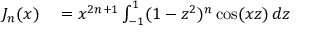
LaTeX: \begin{array} { r l } { J _ { n } ( x ) } & { { } = x ^ { 2 n + 1 } \int _ { - 1 } ^ { 1 } ( 1 - z ^ { 2 } ) ^ { n } \cos ( x z ) \, d z } \end{array}